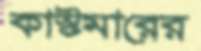
কাস্টমারের